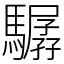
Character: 驏